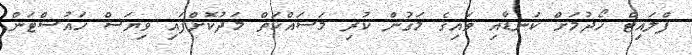
ފްލައިޓް ހޯދުމަށް ކަނޑާއި ވައިގެ މަގުން ކުރި މަސައްކަތް މަދުކޮށްފައިި ވިޔަސް ހައުސްޓަން